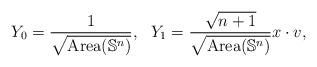
LaTeX: \begin{align*}Y_0=\dfrac{1}{\sqrt{\mathrm{Area}(\mathbb{S}^n)}},\ \ Y_1=\dfrac{\sqrt{n+1}}{\sqrt{\mathrm{Area}(\mathbb{S}^n)}} x\cdot v,\end{align*}